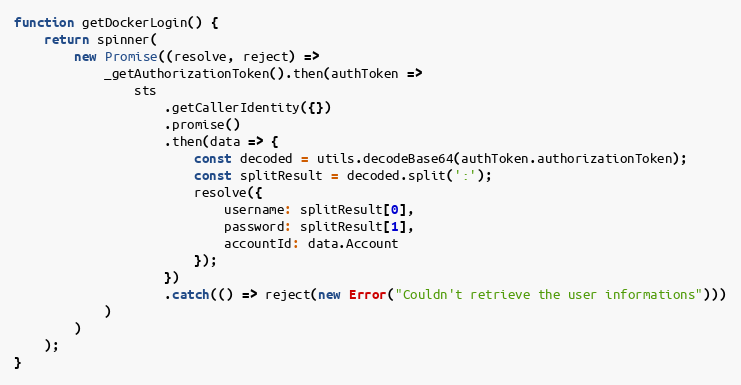
Language: JavaScript
function getDockerLogin() {
    return spinner(
        new Promise((resolve, reject) =>
            _getAuthorizationToken().then(authToken =>
                sts
                    .getCallerIdentity({})
                    .promise()
                    .then(data => {
                        const decoded = utils.decodeBase64(authToken.authorizationToken);
                        const splitResult = decoded.split(':');
                        resolve({
                            username: splitResult[0],
                            password: splitResult[1],
                            accountId: data.Account
                        });
                    })
                    .catch(() => reject(new Error("Couldn't retrieve the user informations")))
            )
        )
    );
}